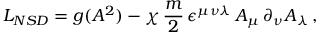
{ \cal L } _ { N S D } = g ( A ^ { 2 } ) - \chi \, \frac { m } { 2 } \, \epsilon ^ { \mu \nu \lambda } \, A _ { \mu } \, \partial _ { \nu } A _ { \lambda } \, ,